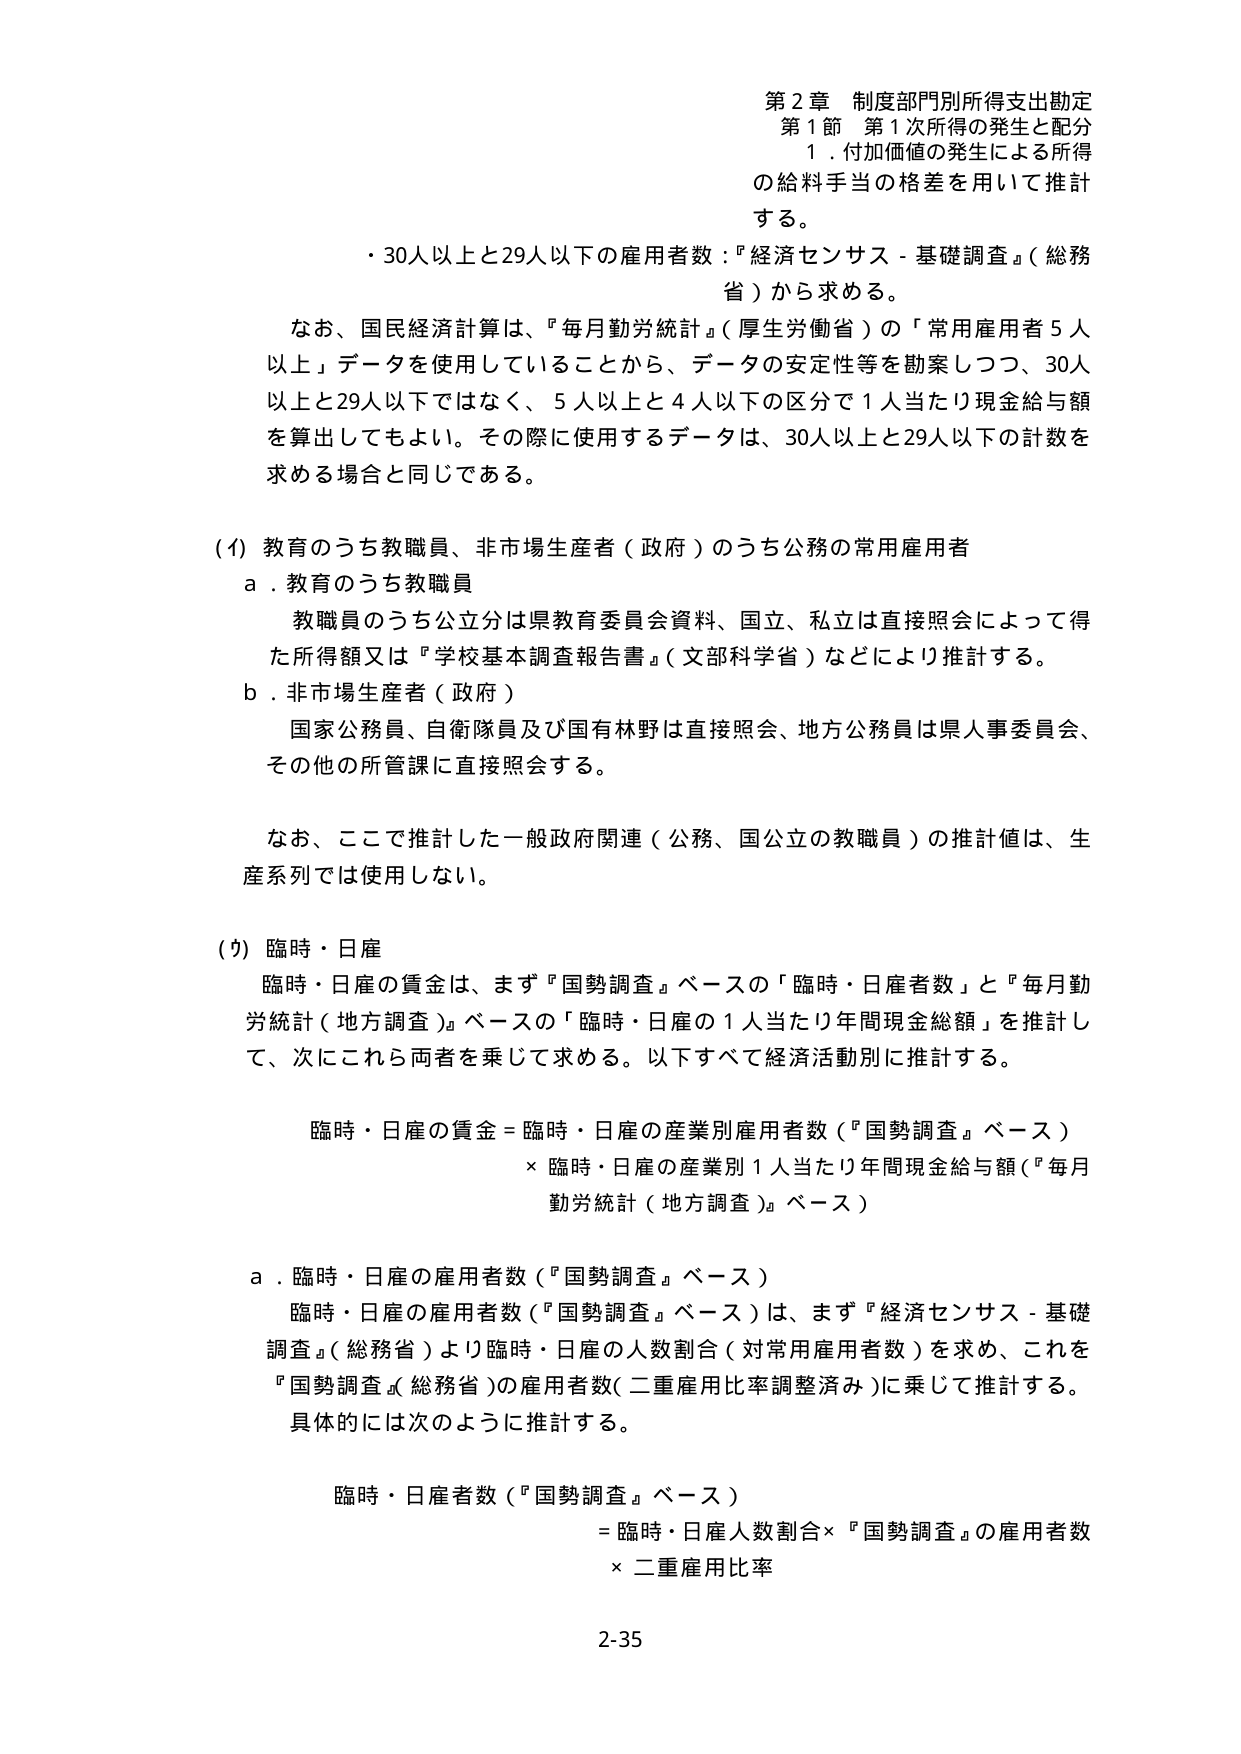
第２章 制度部門別所得支出勘定
第１節 第１次所得の発生と配分
１．付加価値の発生による所得
の給料手当の格差を用いて推計
する。

・30人以上と29人以下の雇用者数：『経済センサス－基礎調査』（総務省）から求める。

なお、国民経済計算は、『毎月勤労統計』（厚生労働省）の「常用雇用者５人以上」データを使用していることから、データの安定性等を勘案しつつ、30人以上と29人以下ではなく、５人以上と４人以下の区分で１人当たり現金給与額を算出してもよい。その際に使用するデータは、30人以上と29人以下の計数を求める場合と同じである。

(イ) 教育のうち教職員、非市場生産者（政府）のうち公務の常用雇用者
ａ．教育のうち教職員
　教職員のうち公立分は県教育委員会資料、国立、私立は直接照会によって得た所得額又は『学校基本調査報告書』（文部科学省）などにより推計する。
ｂ．非市場生産者（政府）
　国家公務員、自衛隊員及び国有林野は直接照会、地方公務員は県人事委員会、その他の所管課に直接照会する。

　なお、ここで推計した一般政府関連（公務、国公立の教職員）の推計値は、生産系列では使用しない。

(ウ) 臨時・日雇
　臨時・日雇の賃金は、まず『国勢調査』ベースの「臨時・日雇者数」と『毎月勤労統計（地方調査）』ベースの「臨時・日雇の１人当たり年間現金総額」を推計して、次にこれら両者を乗じて求める。以下すべて経済活動別に推計する。

　臨時・日雇の賃金＝臨時・日雇の産業別雇用者数（『国勢調査』ベース）
　　× 臨時・日雇の産業別１人当たり年間現金給与額（『毎月勤労統計（地方調査）』ベース）

ａ．臨時・日雇の雇用者数（『国勢調査』ベース）
　臨時・日雇の雇用者数（『国勢調査』ベース）は、まず『経済センサス－基礎調査』（総務省）より臨時・日雇の人数割合（対常用雇用者数）を求め、これを『国勢調査』（総務省）の雇用者数（二重雇用比率調整済み）に乗じて推計する。
　具体的には次のように推計する。

　臨時・日雇者数（『国勢調査』ベース）
　　＝臨時・日雇人数割合×『国勢調査』の雇用者数
　　×二重雇用比率

2-35